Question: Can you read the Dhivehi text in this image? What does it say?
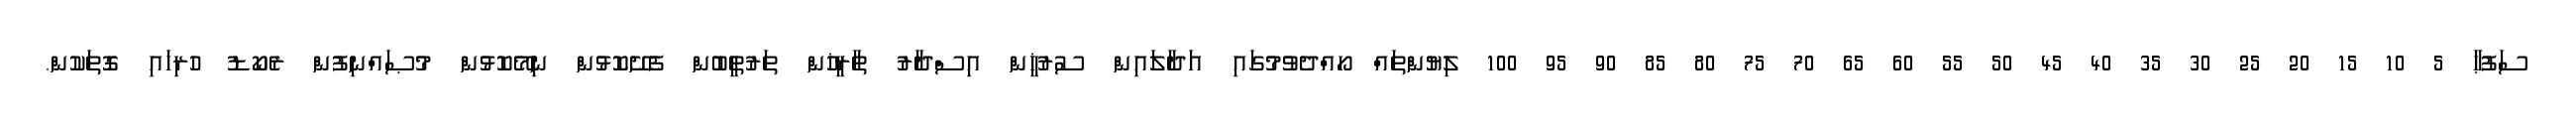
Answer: ސަފުޙާ 5 10 15 20 25 30 35 40 45 50 55 60 65 70 75 80 85 90 95 100 ލިޔުންތައް ހޯއްދެވުމުގައި އަދާލައިން ސުރުޚީން އިސްދާރު ތާރީޚުން ތަރުތީބުން ފެށޭކޮޅުން ނިމޭކޮޅުން މުޞައްނިފުން ރެކޯޑު ހުރިހައި ގޮތަކުން.